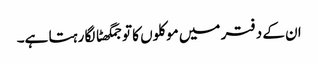
ان کے دفتر میں موکلوں کا تو جمگھٹا لگا رہتا ہے۔